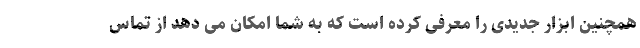
همچنین ابزار جدیدی را معرفی کرده است که به شما امکان می دهد از تماس